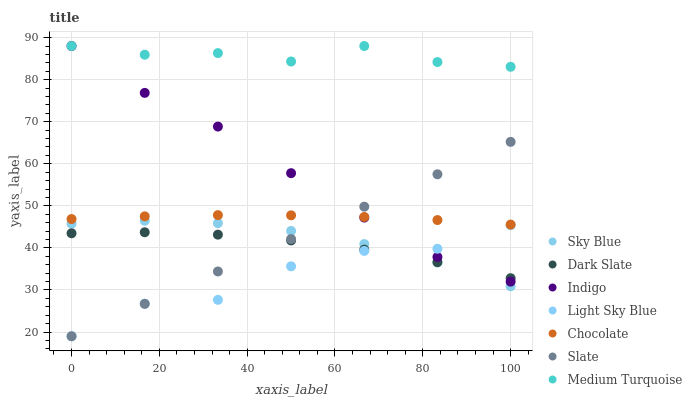
| xaxis_label | Sky Blue | Dark Slate | Indigo | Light Sky Blue | Chocolate | Slate | Medium Turquoise |
 | --- | --- | --- | --- | --- | --- | --- | --- |
 | 0 | 45.8 | 43.5 | 88 | 19 | 46.9 | 19 | 88 |
 | 16.7 | 46.5 | 43.7 | 76.9 | 26.8 | 47.5 | 26.7 | 85.9 |
 | 33.3 | 45.9 | 43.2 | 68.9 | 27.7 | 47.8 | 34.4 | 86.3 |
 | 50 | 44 | 41.8 | 57.8 | 35.6 | 47.8 | 42.1 | 84.3 |
 | 66.7 | 40.9 | 39.6 | 47.2 | 39.3 | 47.4 | 49.8 | 88 |
 | 83.3 | 36.5 | 36.6 | 37.8 | 39.8 | 46.6 | 57.5 | 84.2 |
 | 100 | 30.9 | 32.8 | 32 | 45.4 | 45.5 | 65.2 | 83.1 |